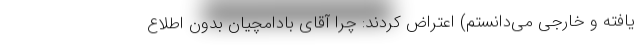
یافته و خارجی می‌دانستم) اعتراض کردند: چرا آقای بادامچیان بدون اطلاع